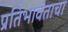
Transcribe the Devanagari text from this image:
प्रतिभावंताचा